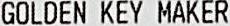
GOLDEN KEY MAKER